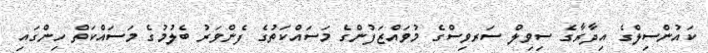
ކައުންސިލްގެ އިދާރާގެ ސިވިލް ސަރވިސްގެ މުވައްޒަފުންގެ މަސައްކަތުގެ ފެންވަރު ބެލުމުގެ މަސައްކަތް ހިންގައި